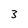
Character: 3